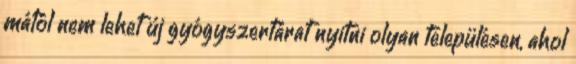
mától nem lehet új gyógyszertárat nyitni olyan településen, ahol